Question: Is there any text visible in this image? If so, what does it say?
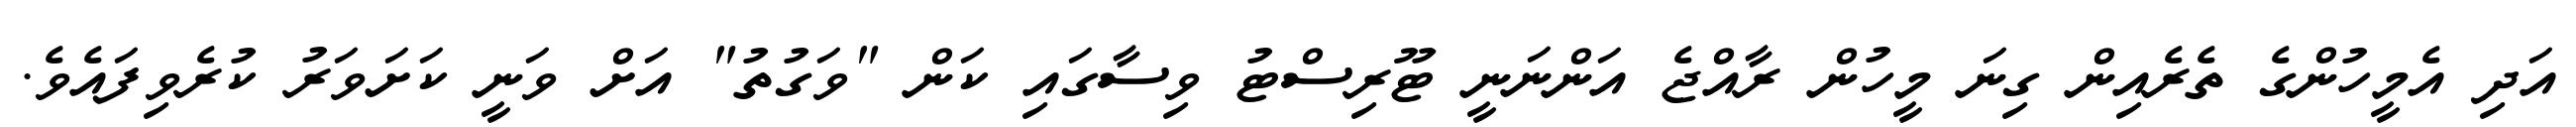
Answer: އަދި އެމީހުންގެ ތެރެއިން ގިނަ މީހުން ރާއްޖެ އަންނަނީ ޓޫރިސްޓު ވިސާގައި ކަން "ވަގުތު" އަށް ވަނީ ކަށަވަރު ކުރެވިފައެވެ.